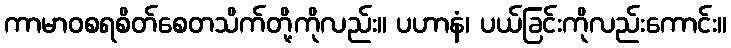
ကာမာဝစရစိတ်စေတသိက်တို့ကိုလည်း။ ပဟာနံ၊ ပယ်ခြင်းကိုလည်းကောင်း။